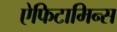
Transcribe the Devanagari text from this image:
ऐफिटामिन्स